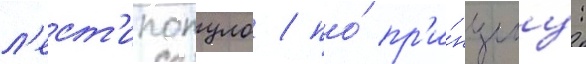
л'ест'ипопуло / по́ пр'и́нципу: